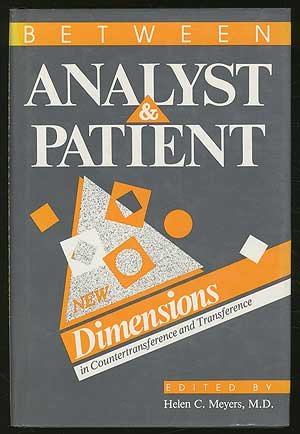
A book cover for Between Analyst and Patient: New Dimensions in Countertransference and Transference; Health, Fitness & Dieting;